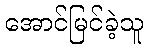
အောင်မြင်ခဲ့သူ